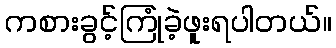
ကစားခွင့်ကြုံခဲ့ဖူးရပါတယ်။